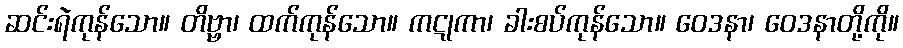
ဆင်းရဲကုန်သော။ တိဗ္ဗာ၊ ထက်ကုန်သော။ ကဋုကာ၊ ခါးစပ်ကုန်သော။ ဝေဒနာ၊ ဝေဒနာတို့ကို။